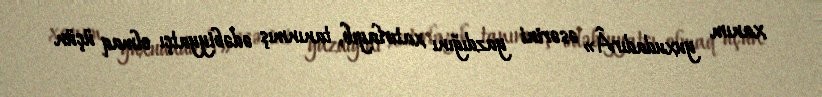
xanım yuxudadırÂ» əsərini yazdığını xatırlayıb, tanınmış ədəbiyyatçı olmaq üçün